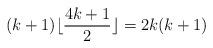
LaTeX: \begin{align*} (k+1)\lfloor \frac{4k+1}{2} \rfloor = 2k(k+1)\end{align*}